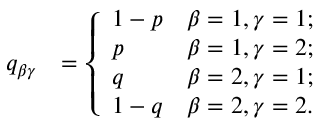
\begin{array} { r l } { q _ { \beta \gamma } } & { = \left\{ \begin{array} { l l } { \displaystyle 1 - p } & { \displaystyle \beta = 1 , \gamma = 1 ; } \\ { \displaystyle p } & { \displaystyle \beta = 1 , \gamma = 2 ; } \\ { \displaystyle q } & { \displaystyle \beta = 2 , \gamma = 1 ; } \\ { \displaystyle 1 - q } & { \displaystyle \beta = 2 , \gamma = 2 . } \end{array} \right. } \end{array}